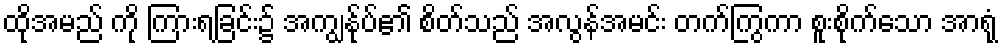
ထိုအမည် ကို ကြားရခြင်း၌ အကျွန်ုပ်၏ စိတ်သည် အလွန်အမင်း တက်ကြွကာ စူးစိုက်သော အာရုံ